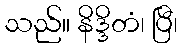
သည်။ နိဒ္ဒိတံ၊ ပြီ၊